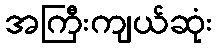
အကြီးကျယ်ဆုံး